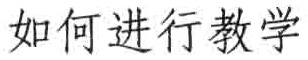
如何进行教学